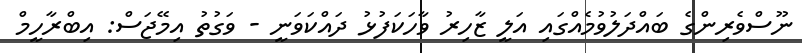
ނޫސްވެރިންގެ ބައްދަލުވުމެއްގައި އަލީ ޒާހިރު ވާހަކަފުޅު ދައްކަވަނީ - ވަގުތު އިމޭޖަސް: އިބްރާހީމް